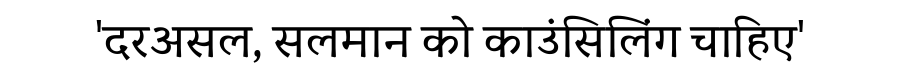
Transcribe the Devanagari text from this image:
'दरअसल, सलमान को काउंसिलिंग चाहिए'